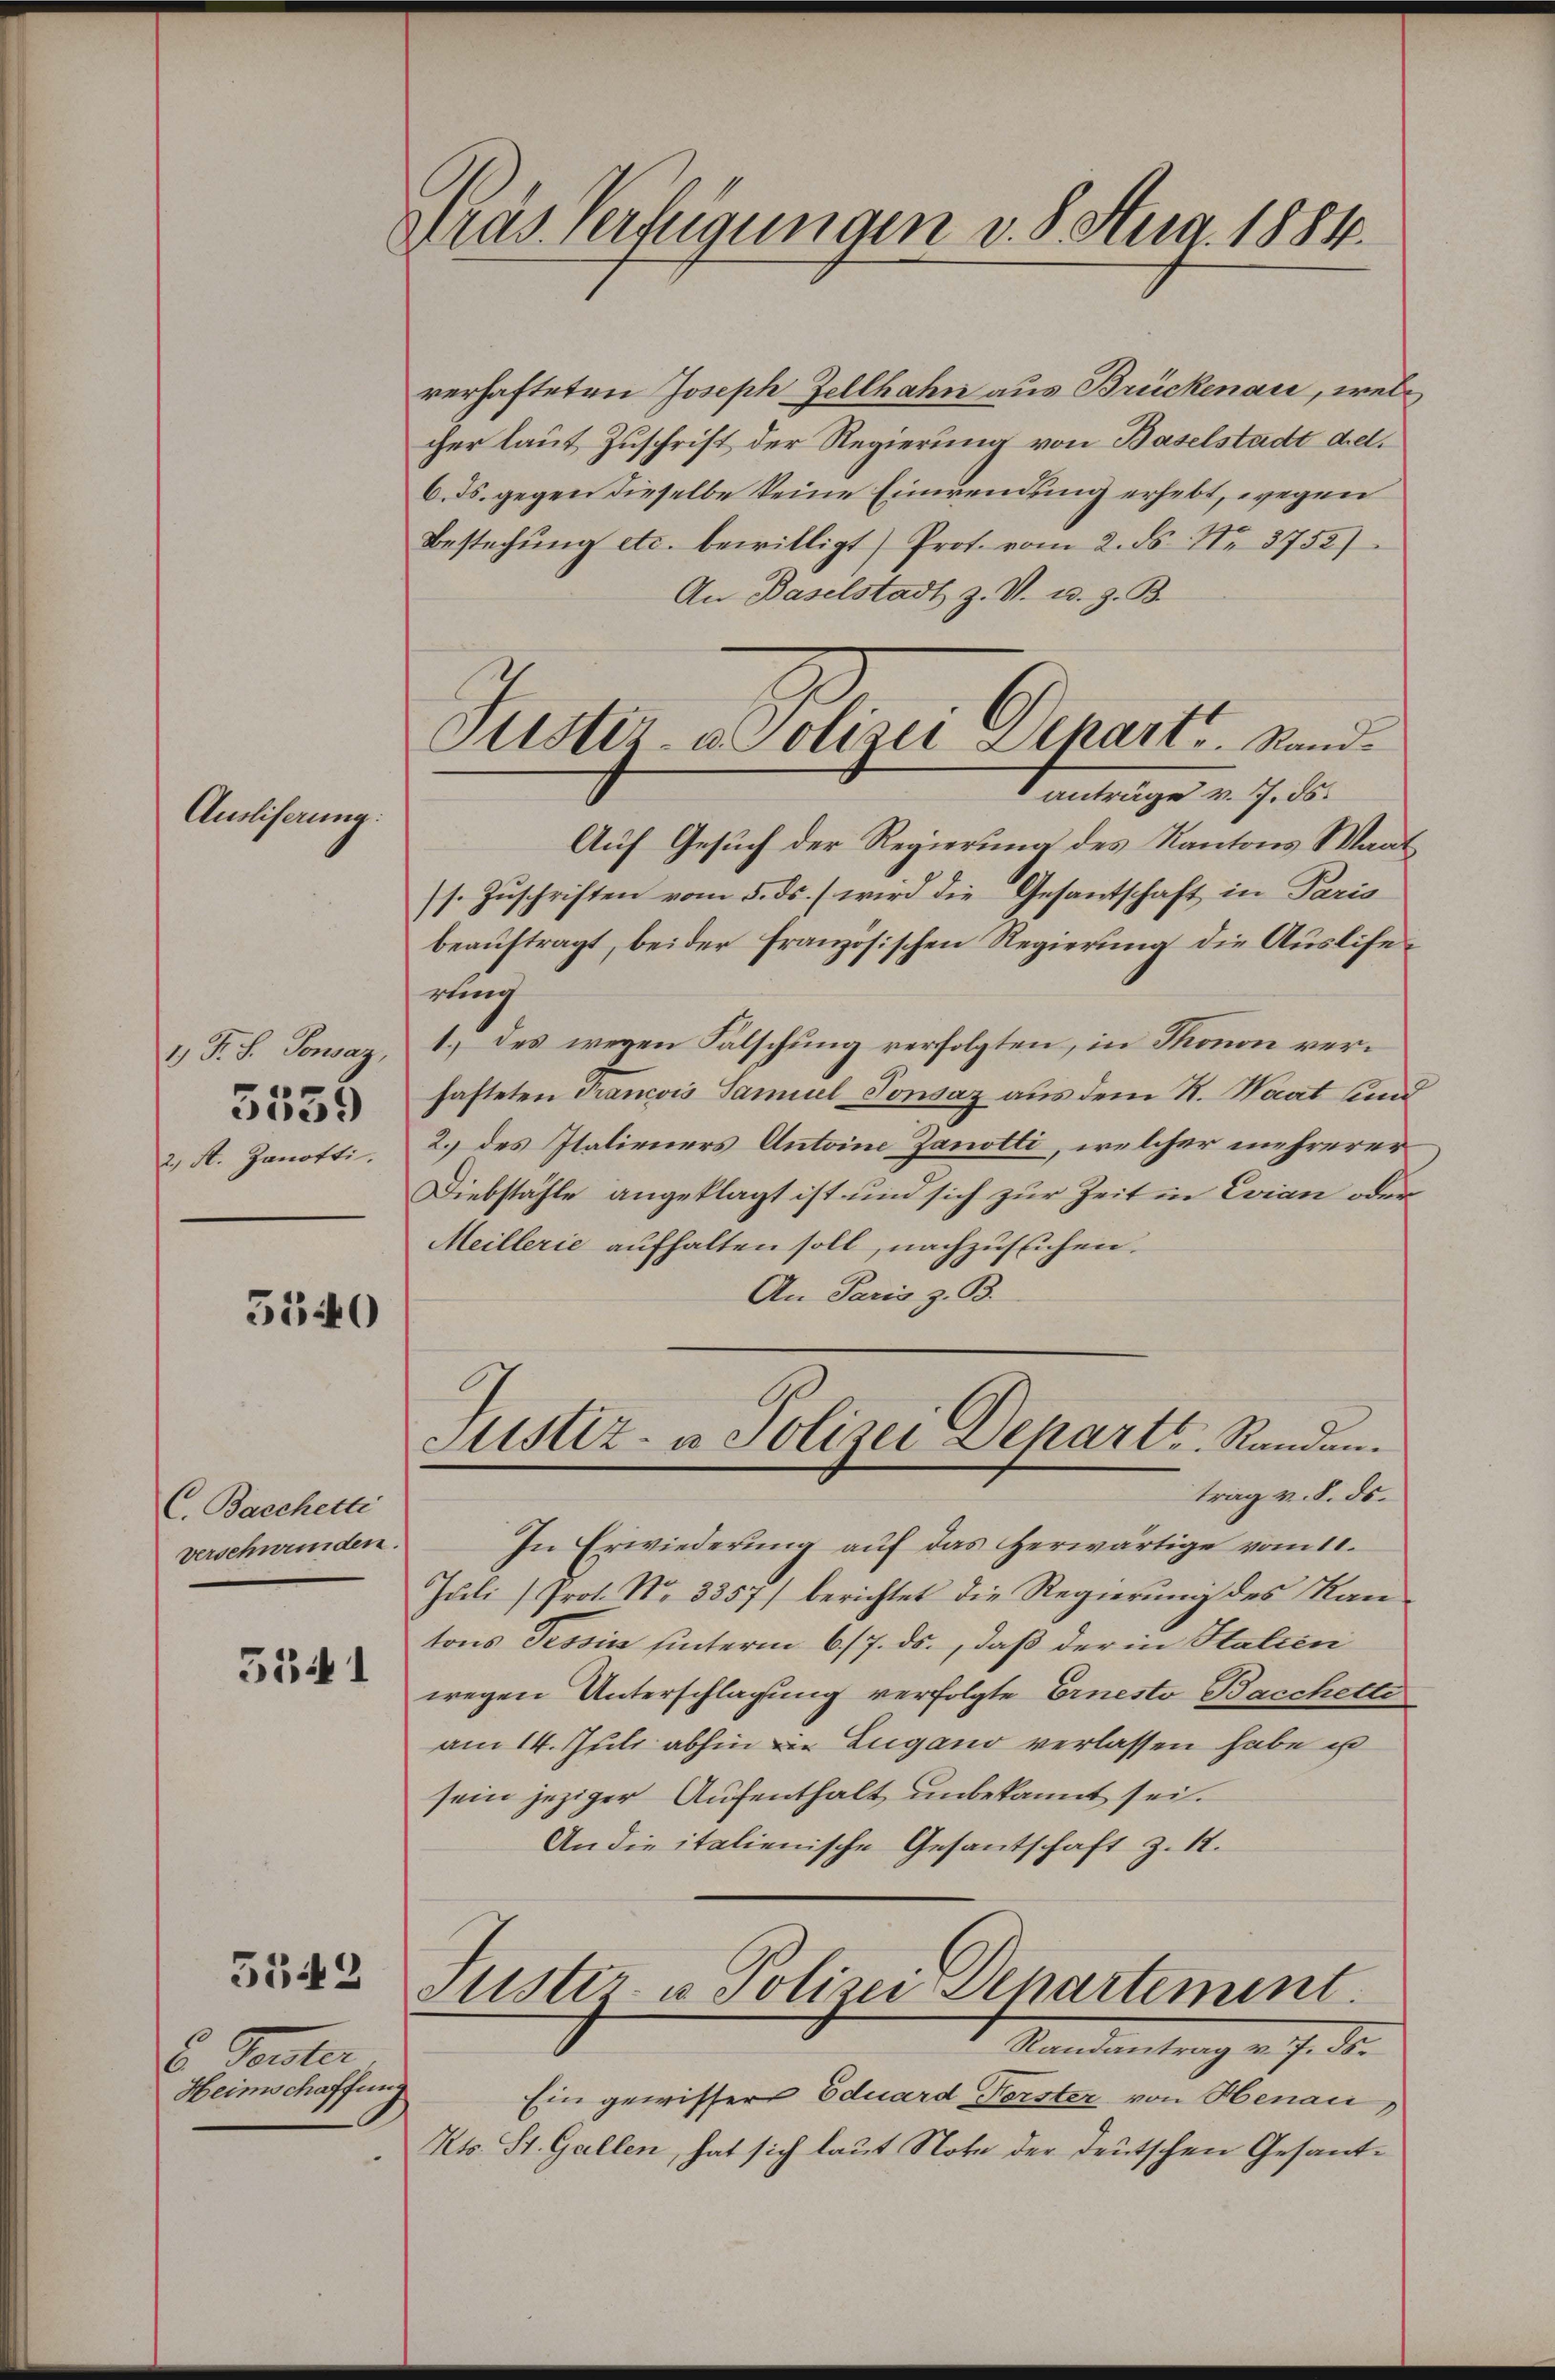
Ausliserung:

1) F. S. Tonsaz,
2. St. Janotti.

5539

5140

C. Bacchetti
verschwunden.
5541

5542

u. Touter
Heimschaffung

Präs. Verfügungen v. 8. Aug. 1884.

Justiz- u Polizei Departs. Stand.
anträge v. 7. ds.

verhafteten Joseph-Zellhahn aus Brückenau, welcher laut Zuschrift der Regierung von Baselstadt del.
6. ds. gegen dieselbe keine Einwendung erhebt, wegen
Bestechŭng etc. bewilligt) Prot. vom 2. ds Nr. 3752)
An Baselstadt z. V. u. z. B.
Auf Gesuch der Regierung des Kantons Saat
ss. Zuschriften vom 5. ds. wird die Gesantschaft in Paris
beauftragt, beider Französischen Regierung die Ausliserling
1.) des wegen Falschung verfolgten, in Thonon verhafteten Francois Samuel Tonsaz aus dem St. Waat und
2.) des Italieners Antoine Zanotti, welcher mehrerer
Diebstähle angeklagt ist und sich zur Zeit in Evian oder
Meillerie aufhalten soll, nachzusuchen.
An Paris z. B.
Justiz- u Polizei Departe Randen.
trag v. 8. ds.
In Erwiederung auf das herwärtige vom 11.
Juli (Prot. No 3357/ berichtet die Regierung des Kantons Tessin hinterm 6/7. ds., daß der in Italien
wegen Unterschlagung verfolgte Ernesto Bacchette
am 14. Juli abhin in Lugano verlassen habe ist
sein jeziger Aufenthalt unbekannt sei.
An die italienische Gesantschaft z. 11.
Suster- u Polizei-Departement.
Randantrag v. 7. ds.
Ein gewisser Eduard Forster von Henau,
Kts. St. Gallen, hat sich laut Note der deutschen Gesant¬